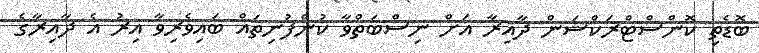
ބޮޑެތި ކޮންސްޓްރަކްޝަން ދާއިރާ އަށް ނިސްބަތްވާ ކުންފުނިތައް ބައިވެރިވާ އިރު އެ ދާއިރާގެ